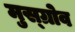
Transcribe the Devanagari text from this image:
मुस्ग्रोव